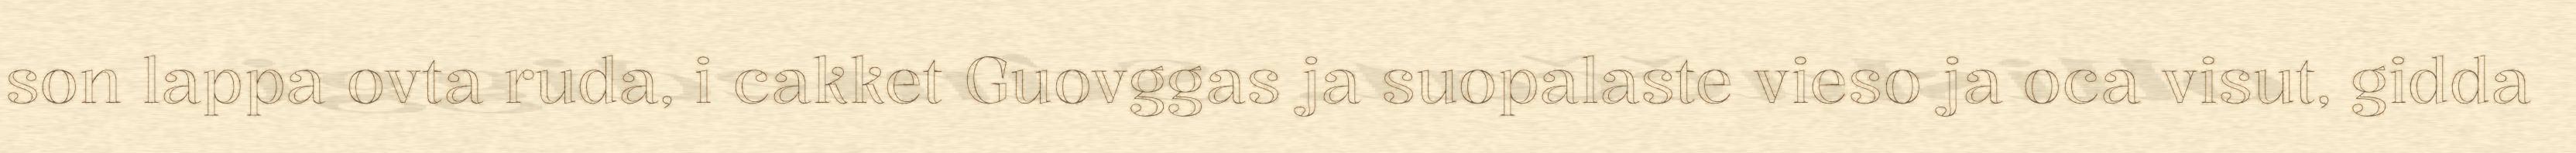
son lappa ovta ruda, i cakket Guovggas ja suopalaste vieso ja oca visut, gidda